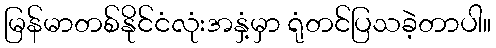
မြန်မာတစ်နိုင်ငံလုံးအနှံ့မှာ ရုံတင်ပြသခဲ့တာပါ။